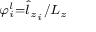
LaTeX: \scriptstyle { \varphi _ { i } ^ { l } = { \hat { l } } _ { z _ { i } } / L _ { z } }